Papers set at the Examination for Leaving Certificates, 1893
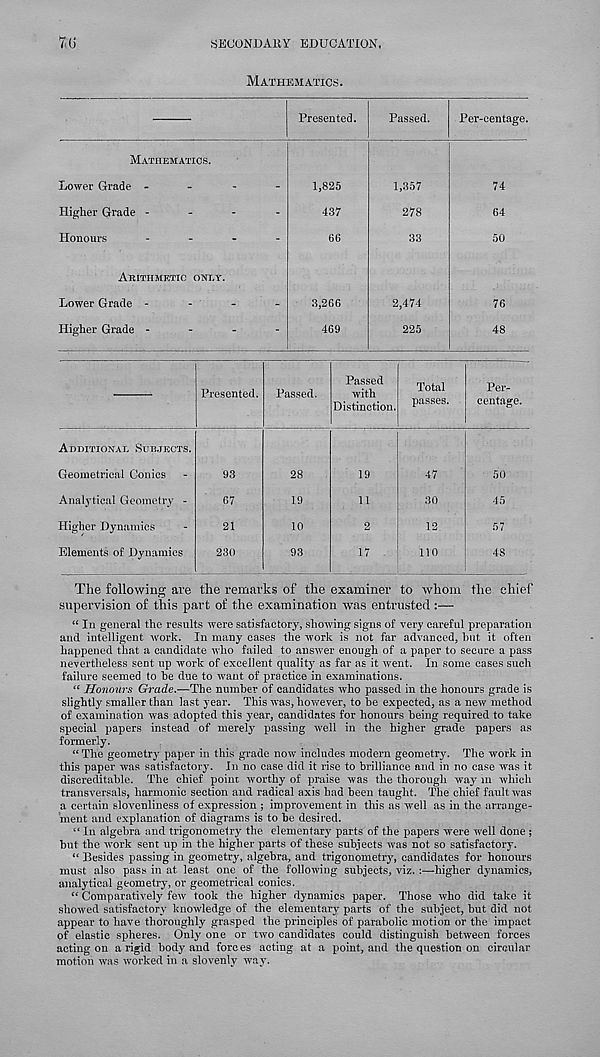
SECONDARY EDUCATION.
7(J
Mathematics.
Presented.
Passed.
Per-centage.
Mathematics.
Lower Grade -
Higher Grade -
Honours
Arithmetic only.
Lower Grade -
Higher Grade -
1,825
437
66
3,266
469
1,357
278
33
2,474
225
74
64
50
76
48
Presented. Passed.
Passed
with
Distinction.
Total
passes.
Per-
centage.
Additional Subjects.
Geometrical Conics
Analytical Geometry -
Higher Dynamics
Elements of Dynamics
93
67
21
230
28
19
10
93
19
11
2
17
47
30
12
110
50
45
57
48
The following are the remarks of the examiner to whom the chief
supervision of this part of the examination was entrusted :—
“ In general the results were satisfactory, showing signs of very careful preparation
and intelligent work. In many cases the work is not far advanced, hut it often
happened that a candidate who failed to answer enough of a paper to secure a pass
nevertheless sent up work of excellent quality as far as it went. In some eases such
failure seemed to he due to want of practice in examinations.
“ Honours Grade.—The number of candidates who passed in the honours grade is
slightly smaller than last year. This was, however, to he expected, as a new method
of examination was adopted this year, candidates for honours being required to take
special papers instead of merely passing well in the higher grade papers as
formerly.
“ The geometry paper in this grade now includes modern geometry. The work in
this paper was satisfactory. In no case did it rise to brilliance and in no case was it
discreditable. The chief point worthy of praise was the thorough way m which
transversals, harmonic section and radical axis had been taught. The chief fault was
a certain slovenliness of expression ; improvement in this as well as in the arrange-
ment and explanation of diagrams is to he desired.
“ In algebra and trigonometry the elementary parts of the papers were well done ;
hut the work sent up in the higher parts of these suhiects was not so satisfactory.
“ Besides passing in geometry, algebra, and trigonometry, candidates for honours
must also pass in at least one of the following subjects, viz. :—higher dynamics,
analytical geometry, or geometrical conics.
“ Comparatively few took the higher dynamics paper. Those who did take it
showed satisfactory knowledge of the elementary parts of the subject, but did not
appear to have thoroughly grasped the principles of parabolic motion or the impact
of elastic spheres. Only one or two candidates could distinguish between forces
acting on a rigid body and forces acting at a point, and the question on circular
motion was worked in a slovenly way.